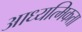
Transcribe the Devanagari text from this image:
आध्यत्मिकता